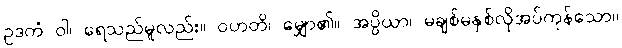
ဥဒကံ ဝါ၊ ရေသည်မူလည်း။ ဝဟတိ၊ မျှော၏။ အပ္ပိယာ၊ မချစ်မနှစ်လိုအပ်ကုန်သော။